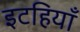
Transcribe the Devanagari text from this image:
इटहियाँ